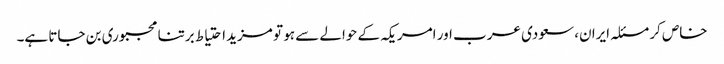
خاص کر مسئلہ ایران، سعودی عرب اور امریکہ کے حوالے سے ہو تو مزید احتیاط برتنا مجبوری بن جاتا ہے۔